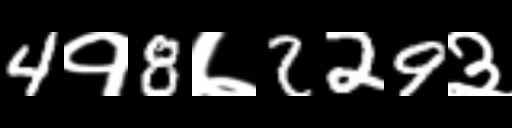
Text: 4१8७229३